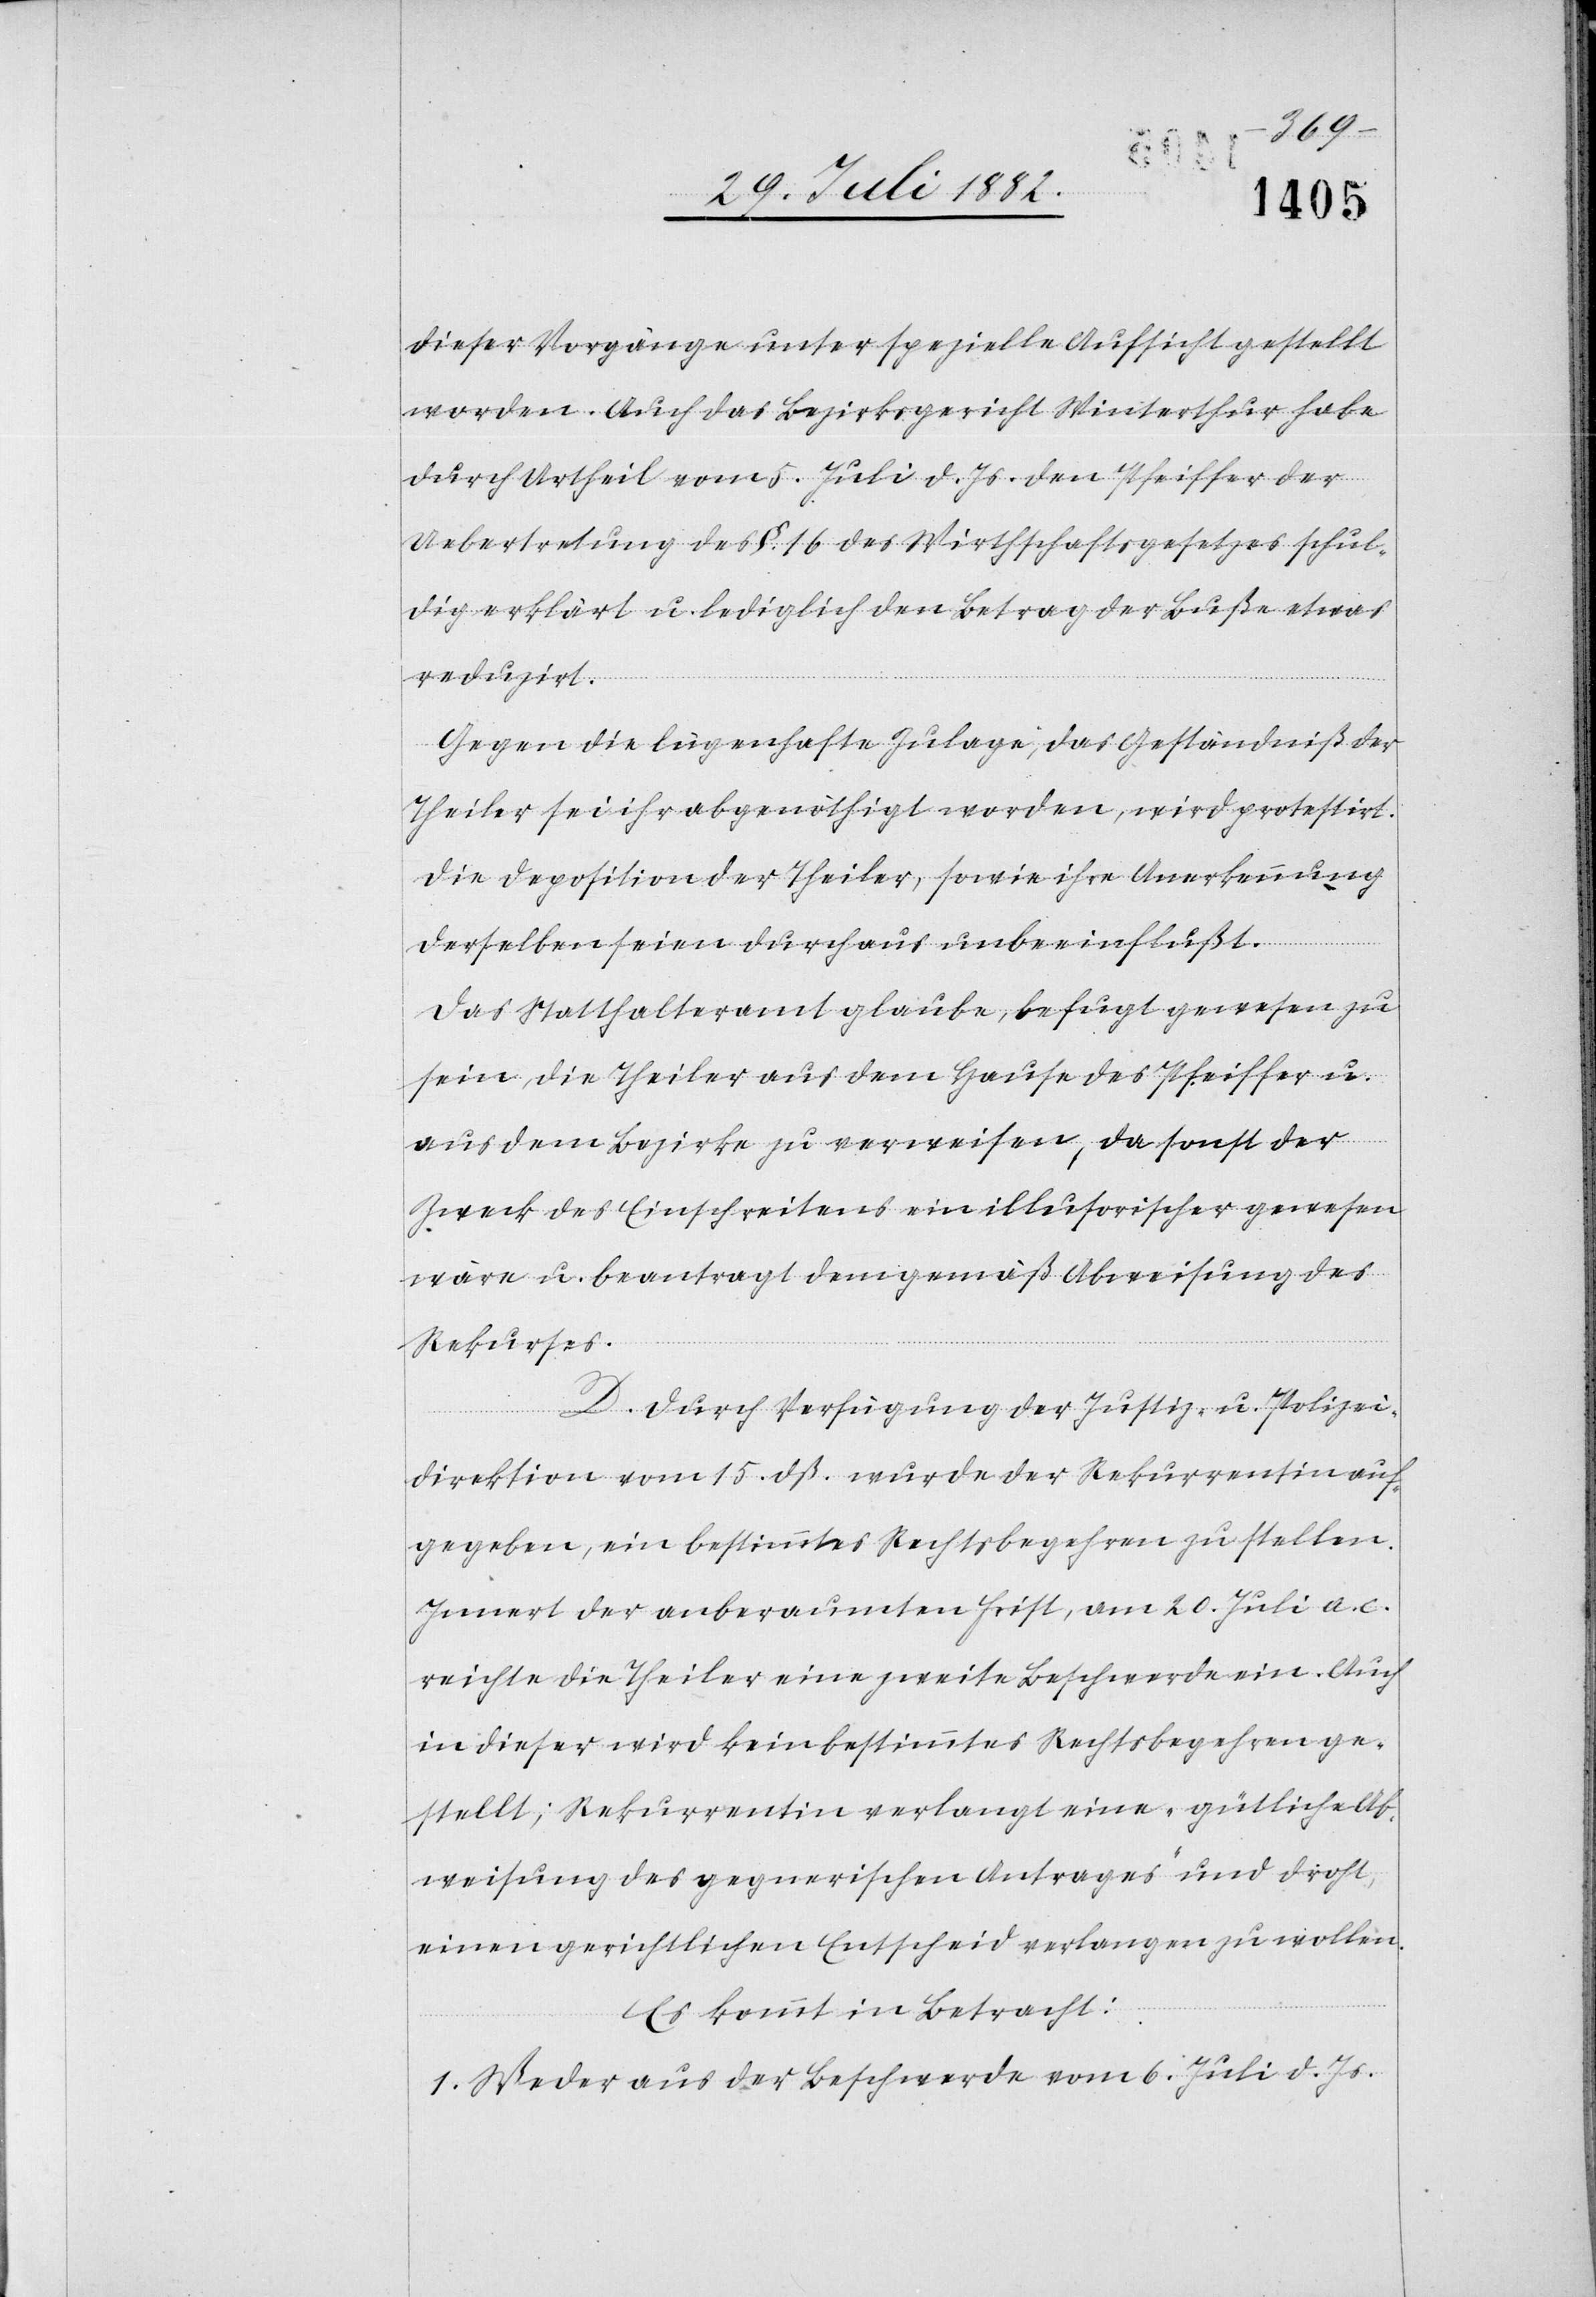
dieser Vorgänge unter spezielle Aufsicht gestellt
worden. Auch das Bezirksgericht Winterthur habe
durch Urtheil vom 5. Juli d. Js. den Pfeiffer der
Uebertretung des §. 16 des Wirthschaftsgesetzes schul¬
dig erklärt u. lediglich den Betrag der Buße etwas
reduzirt.
Gegen die lügenhafte Zulage, das Geständniß der
Theiler sei ihr abgenöthigt worden, wird protestirt.
Die Deposition der Theiler, sowie ihre Anerkennung
derselben seien durchaus unbeeinflußt.
Das Statthalteramt glaube, befugt gewesen zu
sein, die Theiler aus dem Hause des Pfeiffer u.
aus dem Bezirke zu verweisen, da sonst der
Zweck des Einschreitens ein illusorischer gewesen
wäre u. beantragt demgemäß Abweisung des
Rekurses.
D. Durch Verfügung des Justiz- & Polizei¬
direktion vom 15. dß. wurde der Rekurrentin auf¬
gegeben, ein bestimmtes Rechtsbegehren zu stellen.
Innert der anberaumten Frist, am 20. Juli a. c.
reichte die Theiler eine zweite Beschwerde ein. Auch
in dieser wird kein bestimmtes Rechtsbegehren ge¬
stellt; Rekurrentin verlangt eine „gütliche Ab¬
weisung des gegnerischen Antrages“ und droht,
einen gerichtlichen Entscheid verlangen zu wollen.
Es kommt in Betracht:
1. Weder aus der Beschwerde vom 6. Juli d. Js.